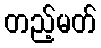
တည့်မတ်